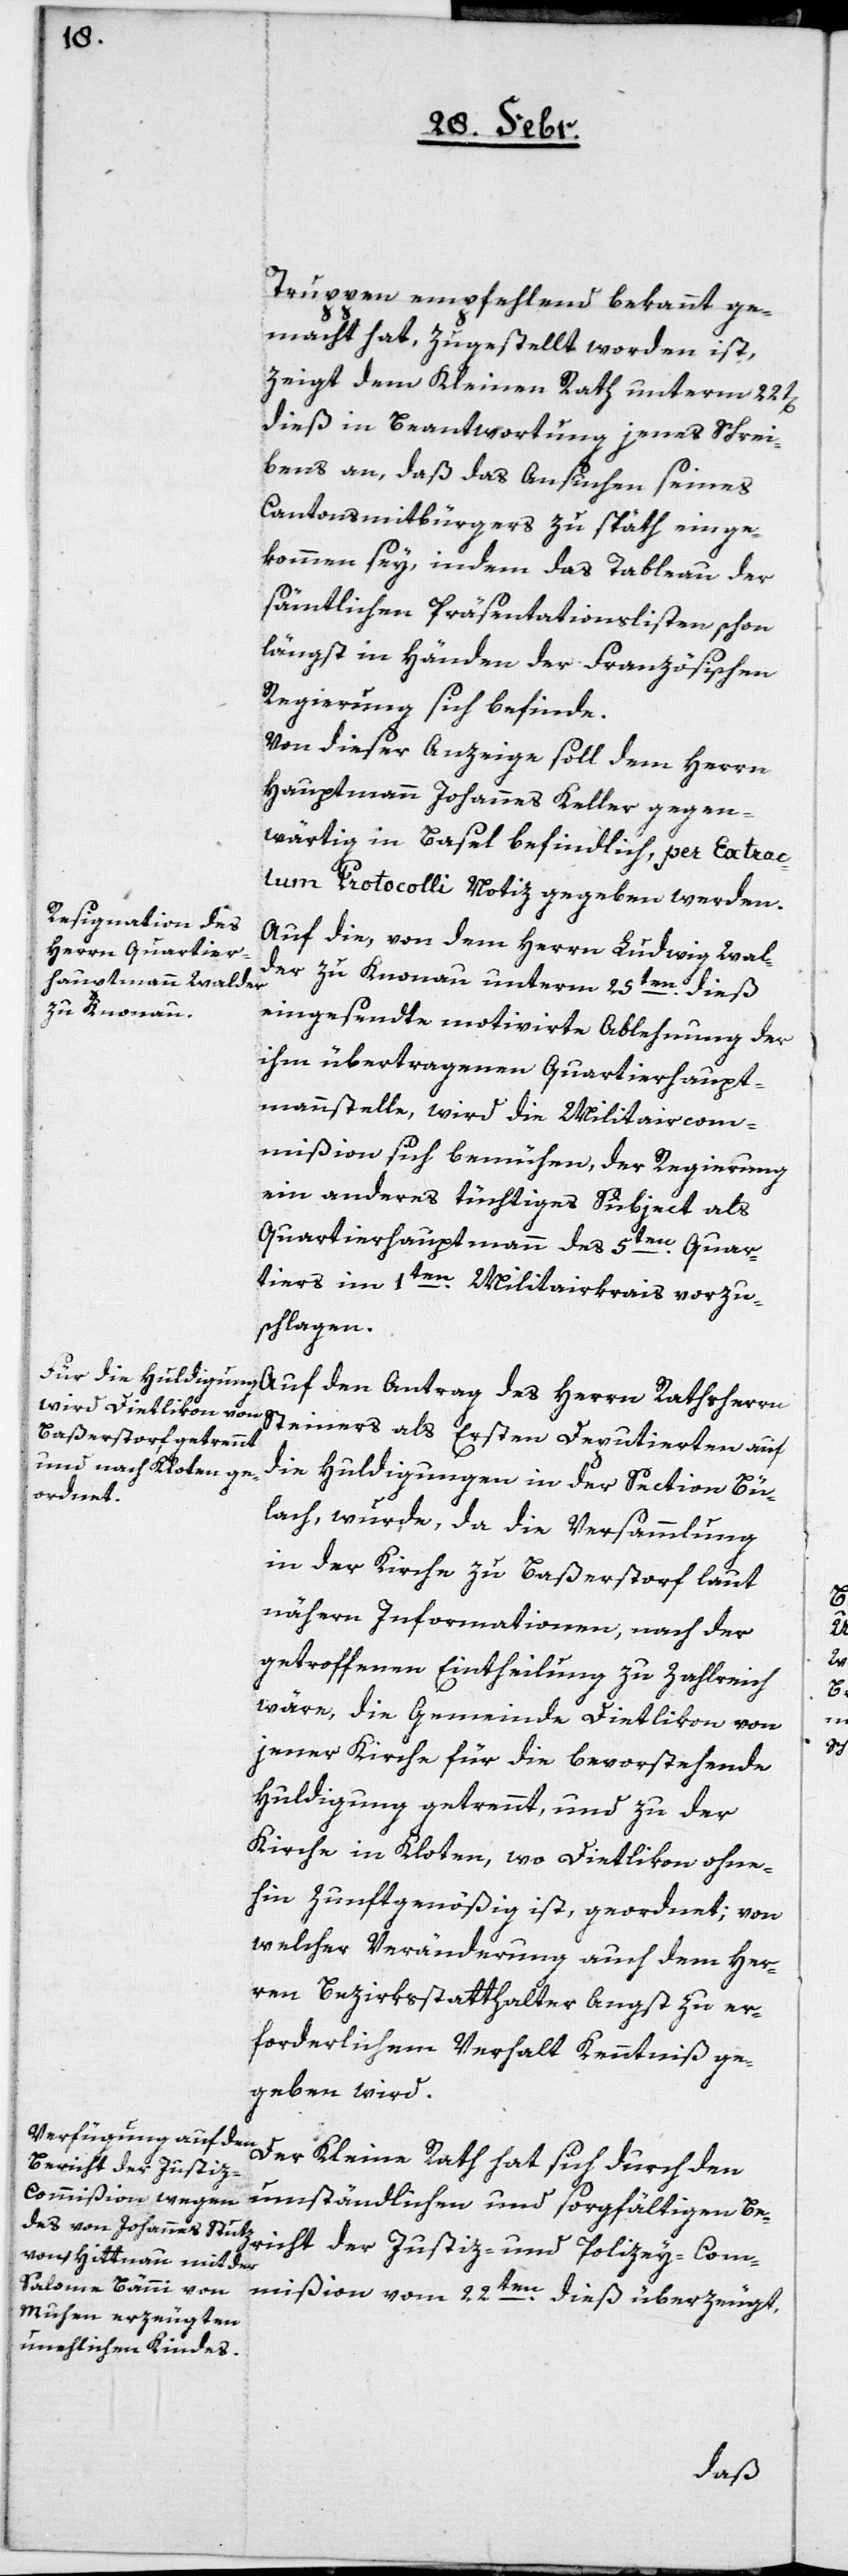
Truppen empfehlend bekannt ge¬
macht hat, zugestellt worden ist,
zeigt dem Kleinen Rath unterm 22t[en]
dieß in Beantwortung jenes Schrei¬
bens an, daß das Ansuchen seines
Cantonsmitbürgers zu späth einge¬
kommen sey, indem das Tableau der
sämtlichen Präsentationslisten schon
längst in Händen der Französischen
Regierung sich befinde.
Von dieser Anzeige soll dem Herrn
Hauptmann Johannes Keller gegen¬
wärtig in Basel befindlich, per Extrac¬
tum Protocolli Notiz gegeben werden.
Auf die, von dem Herrn Ludwig Wal¬
der zu Knonau unterm 25ten dies
eingesandte motivirte Ablehnung der
ihm übertragenen Quartierhaupt¬
mannsstelle, wird die Militaircom¬
mißion sich bemühen, der Regierung
ein anderes tüchtiges Subject als
Quartierhauptmann des 5ten Quar¬
tiers im 1ten Militairkrais vorzu¬
schlagen.
Steiners als Ersten Deputierten auf
die Huldigungen in der Section Bü¬
lach, wurde, da die Versammlung
in der Kirche zu Baßerstorf laut
nähern Informationen, nach der
getroffenen Eintheilung zu zahlreich
wäre, die Gemeinde Dietlikon von
jener Kirche für die bevorstehende
Huldigung getrennt, und zu der
Kirche in Kloten, wo Dietlikon ohne¬
hin zunftgenößig ist, geordnet; von
welcher Veränderung auch dem Her¬
ren Bezirksstatthalter Angst zu er¬
forderlichem Verhalt Kenntniß ge¬
geben wird.
Der Kleine Rath hat sich durch den
ericht der Justiz-
umständlichen und sorgfältigen B¬
Commißion vom 22ten dieß überzeugt,